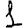
Digit: 1